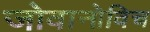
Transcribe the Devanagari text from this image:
जोवानोविच